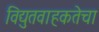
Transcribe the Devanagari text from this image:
विद्युतवाहकतेचा